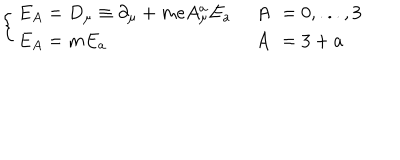
LaTeX: \left\{ \begin{array} { l r l } { { E _ { A } = D _ { \mu } \equiv \partial _ { \mu } + m e A _ { \mu } ^ { a } E _ { a } \; } } & { { A \! \! } } & { { = 0 , . . . , 3 } } \\ { { E _ { A } = m E _ { a } \quad } } & { { A \! \! } } & { { = 3 + a } } \\ \end{array} \right.